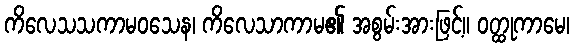
ကိလေသသကာမဝသေန၊ ကိလေသာကာမ၏ အစွမ်းအားဖြင့်။ ဝတ္ထုကာမေ၊